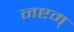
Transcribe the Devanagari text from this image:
नष्टम्